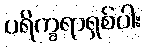
ပရိက္ခရာရှစ်ပါး